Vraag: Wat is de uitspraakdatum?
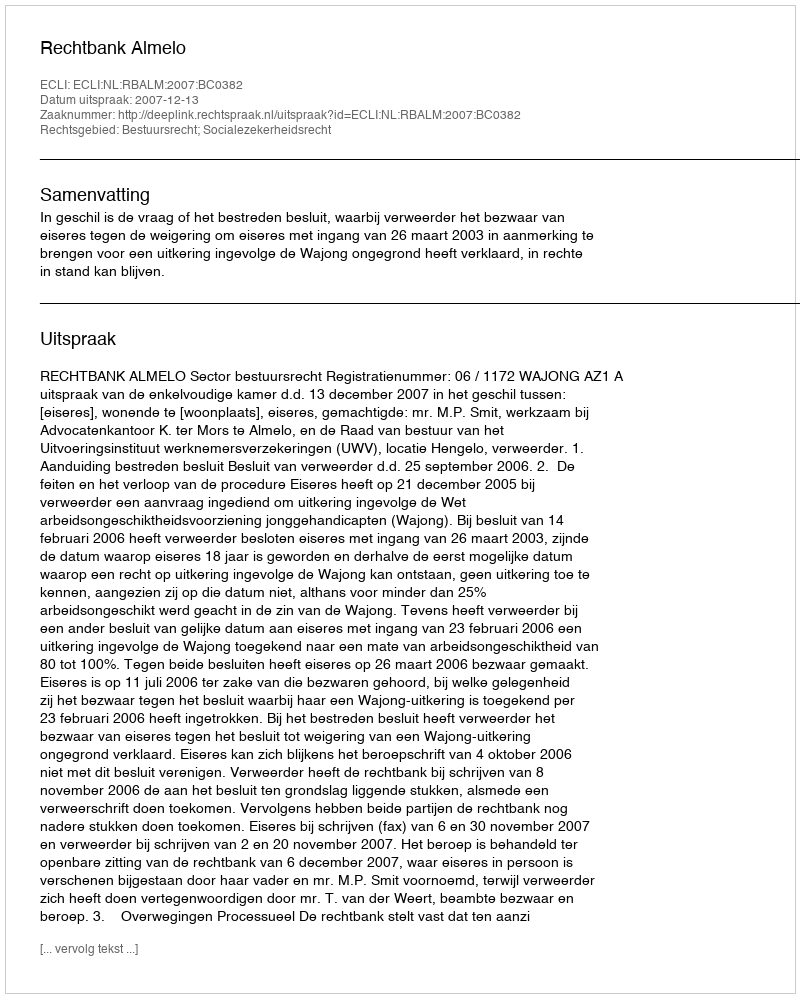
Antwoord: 2007-12-13